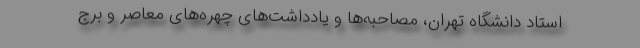
استاد دانشگاه تهران، مصاحبه‌ها و یادداشت‌های چهره‌های معاصر و برج